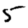
Digit: 5